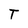
Character: T